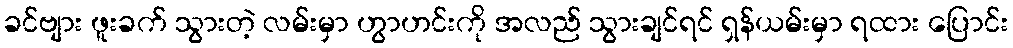
ခင်ဗျား ဖူးခက် သွားတဲ့ လမ်းမှာ ဟွာဟင်းကို အလည် သွားချင်ရင် ရှန်ယမ်းမှာ ရထား ပြောင်း